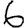
Digit: 6